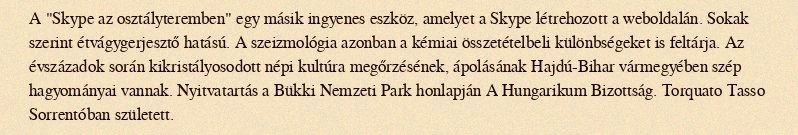
A "Skype az osztályteremben" egy másik ingyenes eszköz, amelyet a Skype létrehozott a weboldalán. Sokak szerint étvágygerjesztő hatású. A szeizmológia azonban a kémiai összetételbeli különbségeket is feltárja. Az évszázadok során kikristályosodott népi kultúra megőrzésének, ápolásának Hajdú-Bihar vármegyében szép hagyományai vannak. Nyitvatartás a Bükki Nemzeti Park honlapján A Hungarikum Bizottság. Torquato Tasso Sorrentóban született.